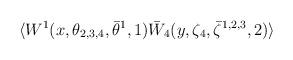
LaTeX: \begin{align*} \langle W^{1}(x,\theta_{2,3,4}, \bar\theta^{1},1) \bar W_4(y, \zeta_4, \bar\zeta^{1,2,3},2) \rangle\end{align*}